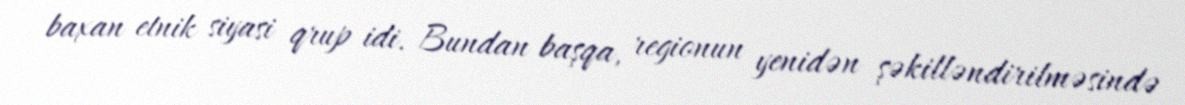
baxan etnik siyasi qrup idi. Bundan başqa, regionun yenidən şəkilləndirilməsində